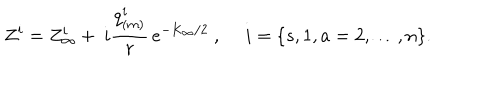
Z ^ { i } = Z _ { \infty } ^ { i } + ~ i { \frac { q _ { ( m ) } ^ { i } } { r } } \, e ^ { - K _ { \infty } / 2 } \ , ~ ~ i = \{ s , 1 , a = 2 , \dots , n \} .